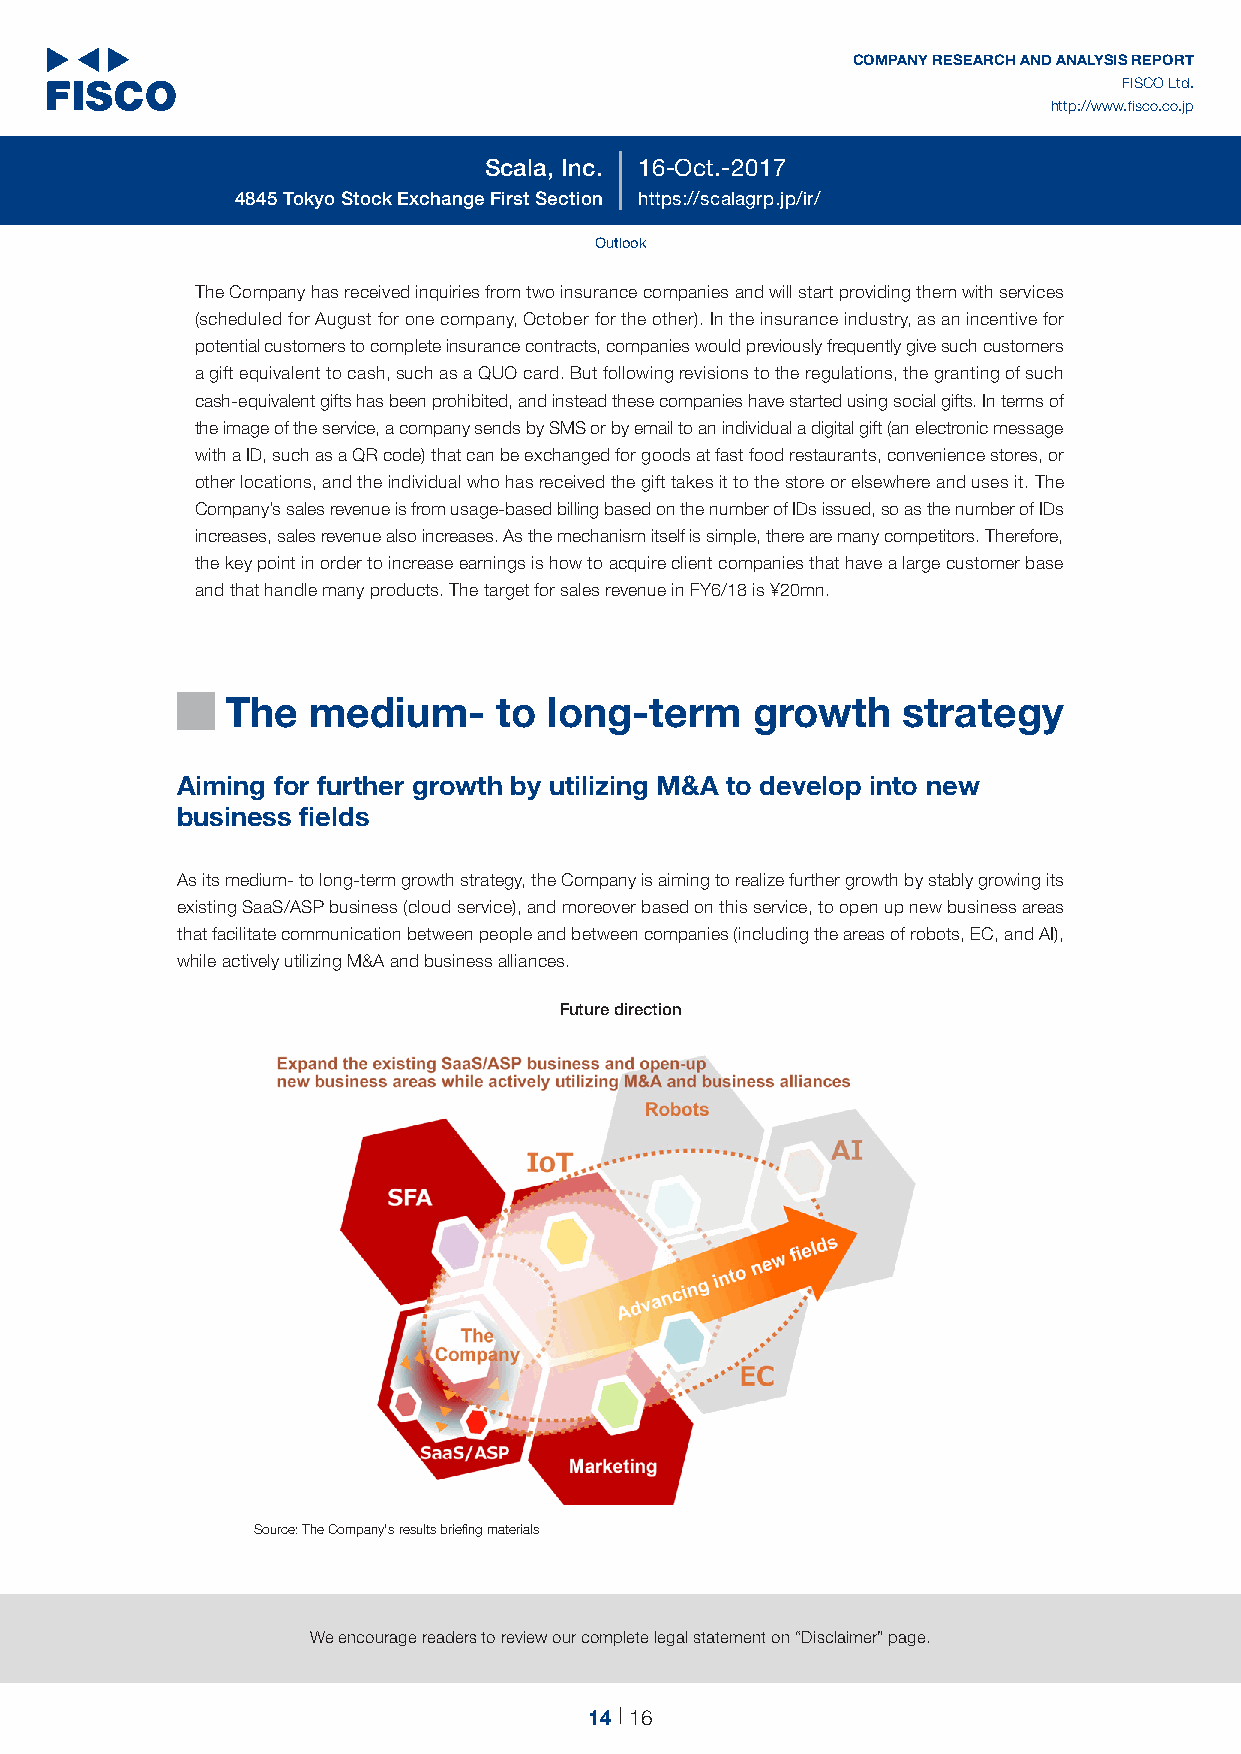
14
 COMPANY RESEARCH AND ANALYSIS REPORT
 FISCO Ltd.
 http://www.fisco.co.jp
 Scala, Inc. 16-Oct.-2017
 4845 Tokyo Stock Exchange First Section https://scalagrp.jp/ir/
 Outlook
 The Company has received inquiries from two insurance companies and will start providing them with services
 (scheduled for August for one company, October for the other). In the insurance industry, as an incentive for
 potential customers to complete insurance contracts, companies would previously frequently give such customers
 a gift equivalent to cash, such as a QUO card. But following revisions to the regulations, the granting of such
 cash-equivalent gifts has been prohibited, and instead these companies have started using social gifts. In terms of
 the image of the service, a company sends by SMS or by email to an individual a digital gift (an electronic message
 with a ID, such as a QR code) that can be exchanged for goods at fast food restaurants, convenience stores, or
 other locations, and the individual who has received the gift takes it to the store or elsewhere and uses it. The
 Company’s sales revenue is from usage-based billing based on the number of IDs issued, so as the number of IDs
 increases, sales revenue also increases. As the mechanism itself is simple, there are many competitors. Therefore,
 the key point in order to increase earnings is how to acquire client companies that have a large customer base
 and that handle many products. The target for sales revenue in FY6/18 is ¥20mn.
 The  medium-      to long-term     growth    strategy
 █
 Aiming for further growth by utilizing M&A to develop into new
 business fields
 As its medium- to long-term growth strategy, the Company is aiming to realize further growth by stably growing its
 existing SaaS/ASP business (cloud service), and moreover based on this service, to open up new business areas
 that facilitate communication between people and between companies (including the areas of robots, EC, and AI),
 while actively utilizing M&A and business alliances.
 Future direction
 Source: The Company's results briefing materials
 We encourage readers to review our complete legal statement on “Disclaimer” page.
 14 16